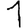
Digit: 1